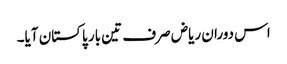
اس دوران ریاض صرف تین بار پاکستان آیا۔